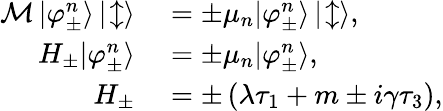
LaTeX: \begin{array}{rl}{\mathcal{M}\, |\varphi_{\pm}^{n}\rangle\, |\! \updownarrow\rangle}&{{}=\pm\mu_{n}|\varphi_{\pm}^{n}\rangle\, |\! \updownarrow\rangle,}\\ {H_{\pm}|\varphi_{\pm}^{n}\rangle}&{{}=\pm\mu_{n}|\varphi_{\pm}^{n}\rangle,}\\ {H_{\pm}}&{{}=\pm\left(\lambda\tau_{1}+m\pm i\gamma\tau_{3}\right),}\end{array}